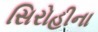
સિરોહીના